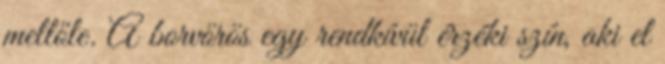
mellőle. A borvörös egy rendkívül érzéki szín, aki el